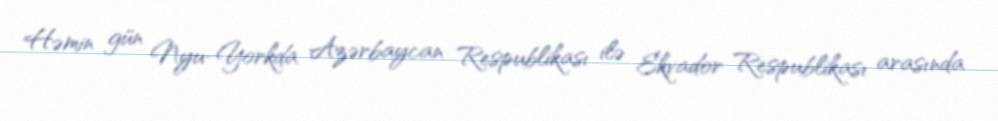
Həmin gün Nyu-Yorkda Azərbaycan Respublikası ilə Ekvador Respublikası arasında